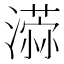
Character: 𣿻